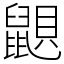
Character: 鼰